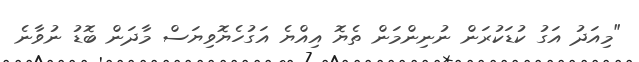
"މިއަދު އަގު ކުޑަކުރަން ނުނިންމަން ތެޔޮ އިއްޔެ އަގުހެޔޮވިޔަސް މާދަން ބޮޑު ނުވާނެ